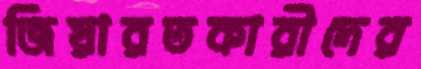
জিয়ারতকারীদের